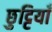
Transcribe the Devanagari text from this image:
छुट्टियाँ